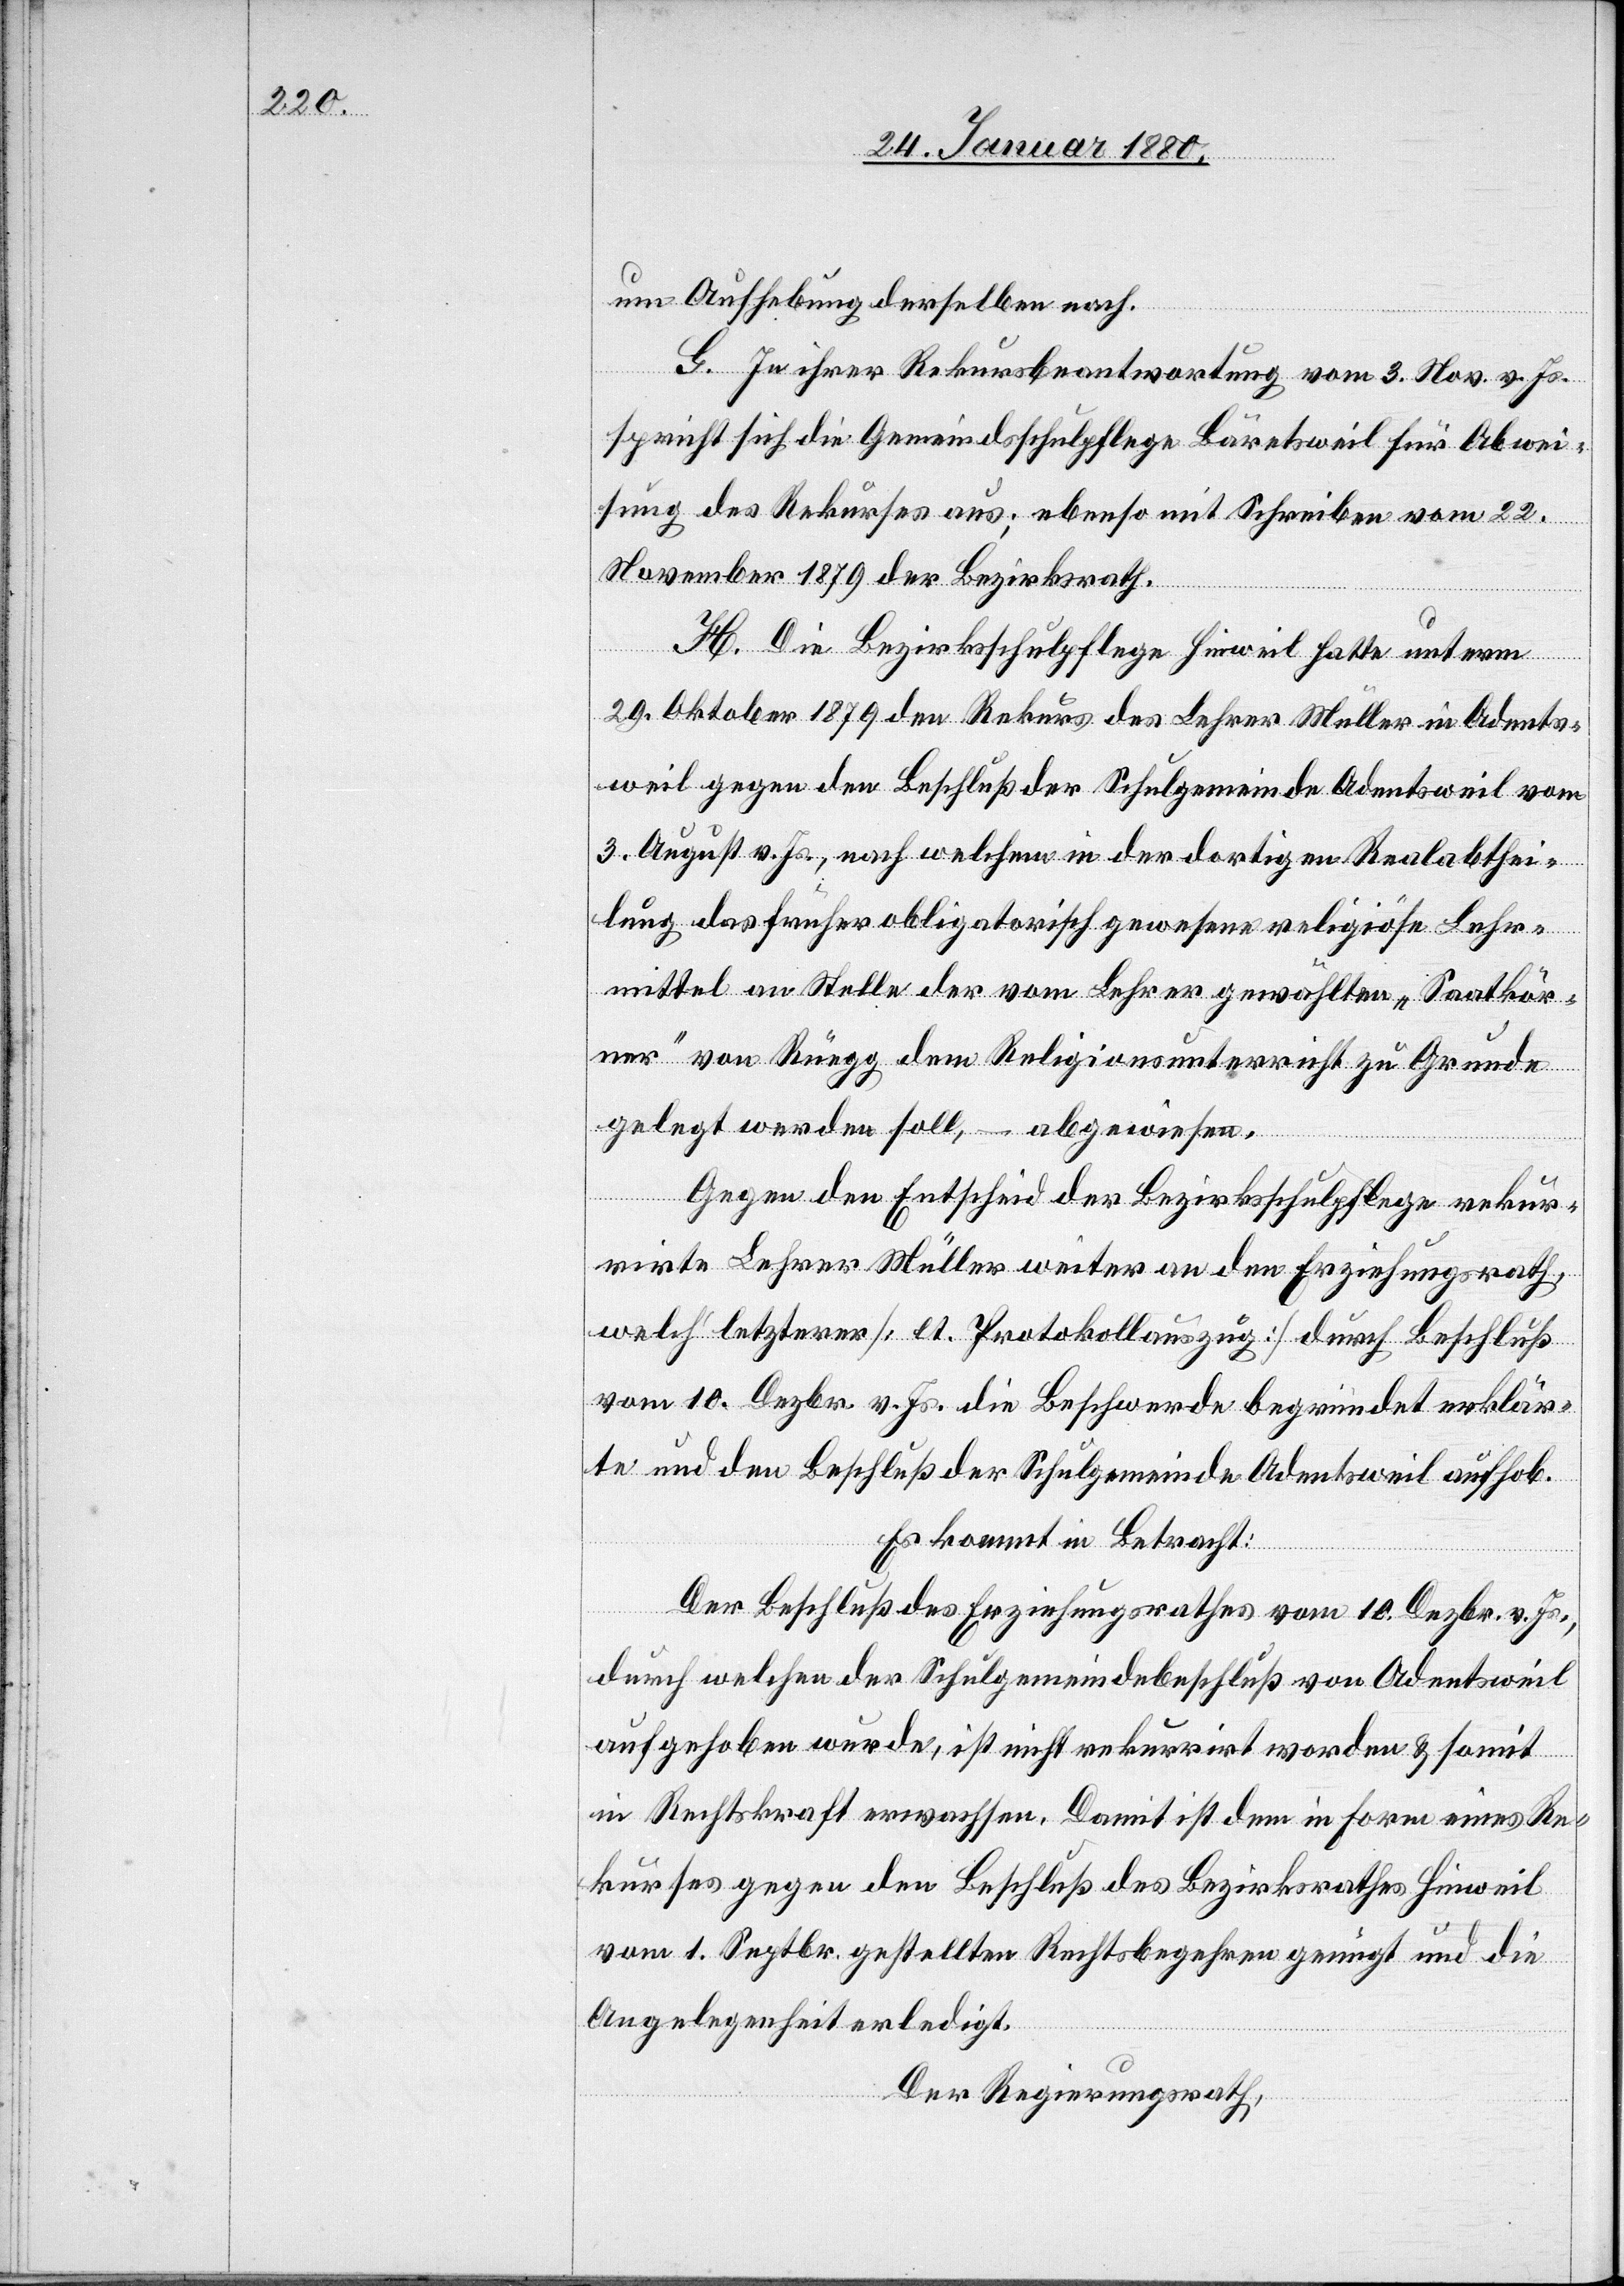
um Aufhebung derselben nach.
G. In ihrer Rekursbeantwortung vom 3. Nov. v. Js.
spricht sich die Gemeindsschulpflege Bäretsweil für Abwei¬
sung des Rekurses aus; ebenso mit Schreiben vom 22.
November 1879 der Bezirksrath.
H. Die Bezirksschulpflege Hinweil hatte unterm
29. Oktober 1879 den Rekurs des Lehrer Müller in Adents¬
weil gegen den Beschluß der Schulgemeinde Adentsweil vom
3. August v. Js., nach welchem in der dortigen Realabthei¬
lung das früher obligatorisch gewesene religiöse Lehr¬
mittel an Stelle der vom Lehrer gewählten „Saatkör¬
ner“ von Rüegg dem Religionsunterricht zu Grunde
gelegt werden soll, – abgewiesen.
Gegen den Entscheid der Bezirksschulpflege rekur¬
rirte Lehrer Müller weiter an den Erziehungsrath,
welch‘ letzterer [lt. Protokollauszug] durch Beschluß
vom 10. Dezbr. v. Js. die Beschwerde begründet erklär¬
te und den Beschluß der Schulgemeinde Adentsweil aufhebt.
Es kommt in Betracht:
Der Beschluß des Erziehungsrathes vom 10. Dezbr. v. Js.,
durch welchen der Schulgemeindebeschluß von Adentsweil
aufgehoben wurde, ist nicht rekurrirt worden & somit
in Rechtskraft erwachsen. Damit ist dem in Form eines Re¬
kurses gegen den Beschluß des Bezirksrathes Hinweil
vom 1. Septbr. gestellten Rechtsbegehren genügt und die
Angelegenheit erledigt.
Der Regierungsrath,